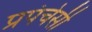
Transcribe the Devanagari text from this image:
प्रपंचेसी